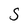
Character: S